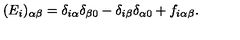
( E _ { i } ) _ { \alpha \beta } = \delta _ { i \alpha } \delta _ { \beta 0 } - \delta _ { i \beta } \delta _ { \alpha 0 } + f _ { i \alpha \beta } .